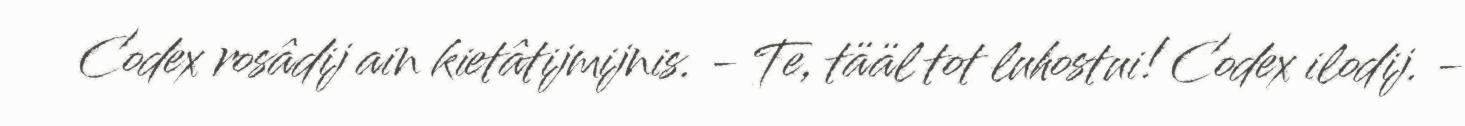
Codex rosâdij ain kietâtijmijnis. - Te, tääl tot luhostui! Codex ilodij. -